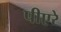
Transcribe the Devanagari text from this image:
पीएरे